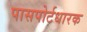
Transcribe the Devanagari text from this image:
पासपोर्टधारक